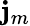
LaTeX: \mathbf{j}_{m}